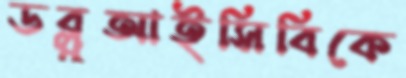
ডব্লুআইসিবিকে